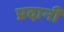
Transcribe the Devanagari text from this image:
प्रदानी